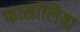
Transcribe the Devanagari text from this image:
फार्सालिया